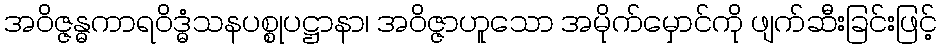
အဝိဇ္ဇန္ဓကာရဝိဒ္ဓံသနပစ္စုပဋ္ဌာနာ၊ အဝိဇ္ဇာဟူသော အမိုက်မှောင်ကို ဖျက်ဆီးခြင်းဖြင့်